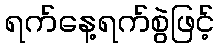
ရက်နေ့ရက်စွဲဖြင့်